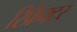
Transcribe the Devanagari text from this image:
रिफ्रैक्टर